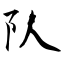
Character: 队